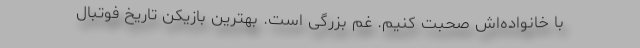
با خانواده‌اش صحبت کنیم. غم بزرگی است. بهترین بازیکن تاریخ فوتبال